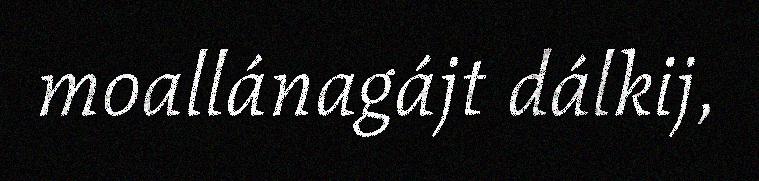
moallánagájt dálkij,